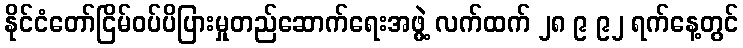
နိုင်ငံတော်ငြိမ်ဝပ်ပိပြားမှုတည်ဆောက်ရေးအဖွဲ့ လက်ထက် ၂၈ ၉ ၉၂ ရက်နေ့တွင်